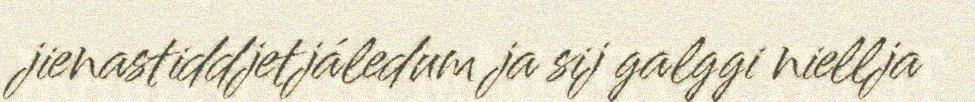
jienastiddjetjáledum ja sij galggi niellja